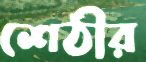
শেঠীর